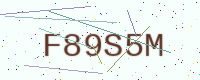
Text: F89S5M